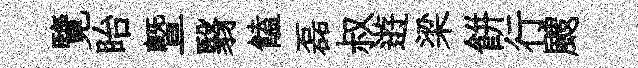
覽眙暨翳饁磊叔逰梁餅行颼